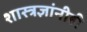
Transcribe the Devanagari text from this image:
शास्त्रज्ञांनीही